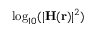
\log _ { 1 0 } ( | \mathbf { H } ( \mathbf { r } ) | ^ { 2 } )